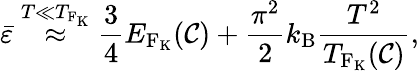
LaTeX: \bar{\varepsilon}\overset{T\ll T_{\mathrm{F_{\mathrm{K}}}}}{\approx}\frac{3}{4}E_{\mathrm{F_{\mathrm{K}}}}(\mathcal{C})+\frac{\pi^{2}}{2}k_{\mathrm{B}}\frac{T^{2}}{T_{\mathrm{F_{\mathrm{K}}}}(\mathcal{C})},